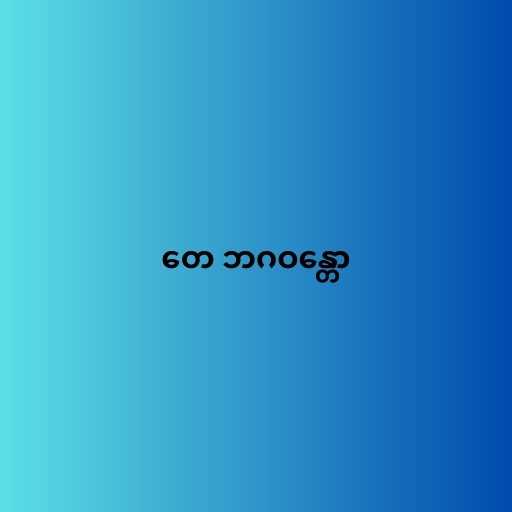
တေ ဘဂဝန္တော